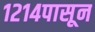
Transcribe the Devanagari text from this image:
१२१४पासून